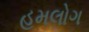
હમલોગ